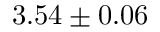
3 . 5 4 \pm 0 . 0 6